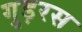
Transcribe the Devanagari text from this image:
गुड़रस